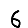
Digit: 6